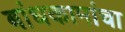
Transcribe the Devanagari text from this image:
बांधकामांचा